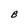
Character: B